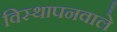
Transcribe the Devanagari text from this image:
विस्थापनवाले